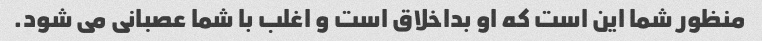
منظور شما این است که او بداخلاق است و اغلب با شما عصبانی می شود.